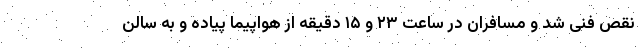
نقص فنی شد و مسافران در ساعت ۲۳ و ۱۵ دقیقه از هواپیما پیاده و به سالن